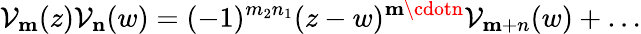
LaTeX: \mathcal{V}_{\mathbf{m}}(z)\mathcal{V}_{\mathbf{n}}(w)=(-1)^{m_{2}n_{1}}(z-w)^{\mathbf{m}\cdotn}\mathcal{V}_{\mathbf{m}+n}(w)+\ldots